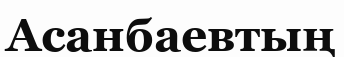
Асанбаевтың